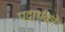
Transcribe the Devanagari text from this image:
पदार्थको